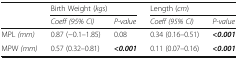
<table><thead><tr><td rowspan="2">[EMPTY_CELL]</td><td colspan="2"><b>Birth Weight (<i>kgs</i>)</b></td><td colspan="2"><b>Length (<i>cm</i>)</b></td></tr><tr><td><b><i>Coeff (95% CI)</i></b></td><td><b><i>P-value</i></b></td><td><b><i>Coeff (95% CI)</i></b></td><td><b><i>P-value</i></b></td></tr></thead><tbody><tr><td>MPL <i>(mm)</i></td><td>0.87 (−0.1–1.85)</td><td>0.08</td><td>0.34 (0.16–0.51)</td><td><b><i>&lt;0.001</i></b></td></tr><tr><td>MPW <i>(mm)</i></td><td>0.57 (0.32–0.81)</td><td><b><i>&lt;0.001</i></b></td><td>0.11 (0.07–0.16)</td><td><b><i>&lt;0.001</i></b></td></tr></tbody></table>